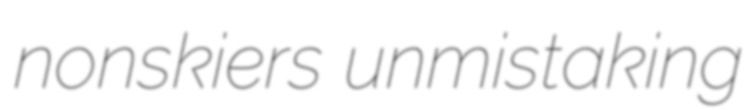
nonskiers unmistaking